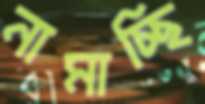
নামাচ্ছি